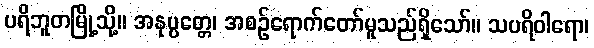
ပရိဘူတမြို့သို့။ အနုပ္ပတ္တေ၊ အစဉ်ရောက်တော်မူသည်ရှိသော်။ သပရိဝါရော၊